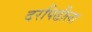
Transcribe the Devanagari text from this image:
दरपिढीला